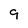
Character: 9